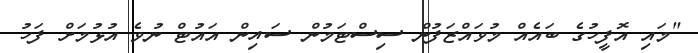
"މައި އޮފީހުގެ ބައެއް މުވައްޒަފުން ސިސްޓަމުން ސައިން އައުޓް ނުވެ އުޅުމަށް ފަހު